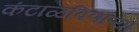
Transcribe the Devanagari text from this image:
कंटाळविणाऱ्या